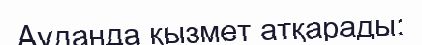
Ауданда қызмет атқарады: